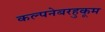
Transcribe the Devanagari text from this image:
कल्पनेबरहुकूम